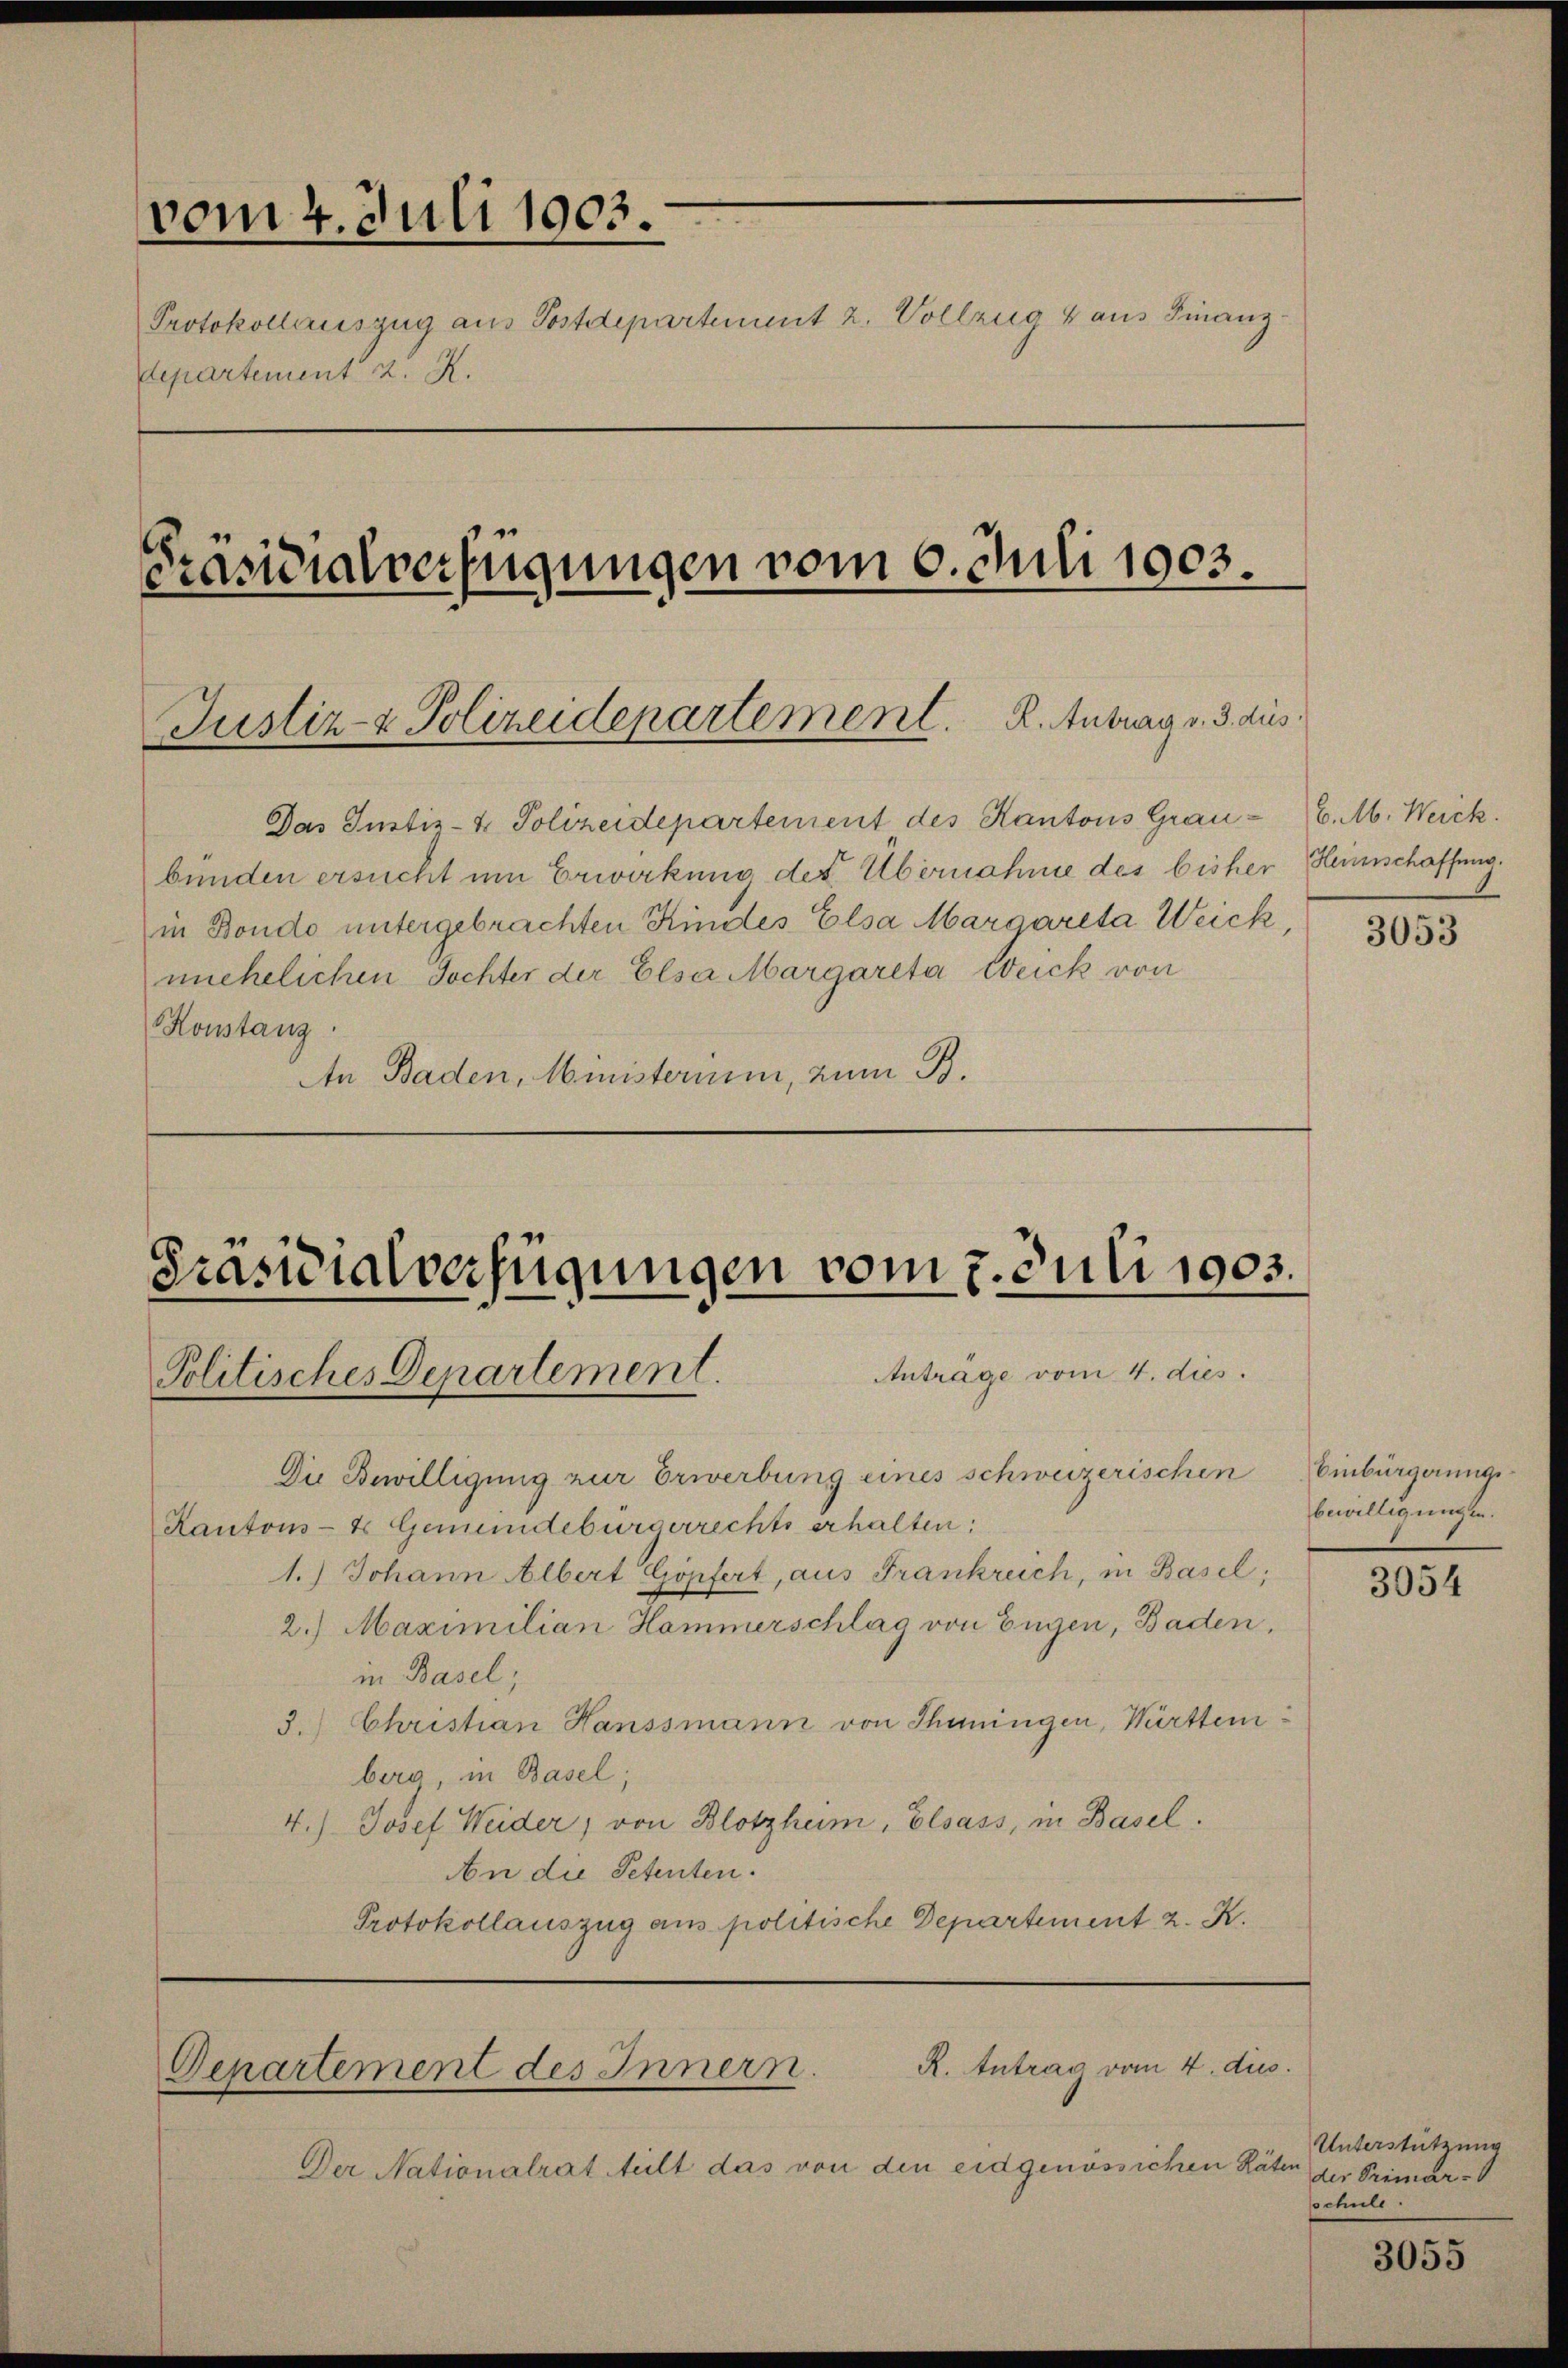
vom 4. Juli 1903.
Protokollauszug aus Postdepartement 2. Vollzug aus Finanzdepartement K. R.
Präsidialverfügungen vom 6. Juli 1903.

Justiz- & Polizeidepartement. R. Antrag v. 3. dus.

Das Justiz- & Polizeidepartement des Kantons Grau- (C. M. Weick.
bünden ersucht um Erwirkung der Übernahme des bisher Heimschaffung
in Bondo untergebrachten Kindes Elsa Margareta Weick,
unehelichen Tochter der Elsa Margareta Weick von
Konstanz.
An Baden, Ministerium, zum B.

Die Bewilligung zur Erwerbung eines schweizerischen
Kantons- & Gemeindebürgerrechts erhalten;
1.) Johann Albert Göpfert, aus Frankreich, in Basel;
2.) Maximilian Hammerschlag von Eugen, Baden,
in Basel;
3.) Christian Hanssmann von Thuningen, Württemberg, in Basel;
4.) Josef Weider, von Blotzheim, Elsass, in Basel.
An die Petenten.
Protokollauszug aus politische Departement z. K.

Der Nationalrat Mult das von den eidgenössichen Räten

Präsidialverfügungen vom 7. Juli 1903.
Anträge vom 4. dies.
Politisches Departement.

R. Antrag vom 4. dus
Departement des Innern.

3053

Einbürgerung
bewilligungen.

3054

Unterstützung
der Primar-
schule.

3055